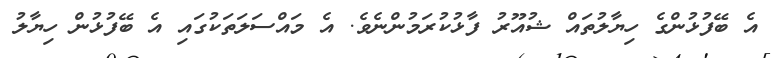
އެ ބޭފުޅުންގެ ހިޔާލުތައް ޝުއޫރު ފާޅުކުރަމުންނެވެ. އެ މައްސަލަތަކުގައި އެ ބޭފުޅުން ހިޔާލު